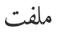
ملفت